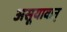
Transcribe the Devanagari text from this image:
असूयावान्